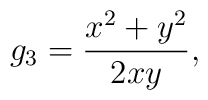
g_{3}=\frac{x^{2}+y^{2}}{2xy},